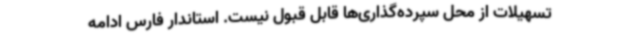
تسهیلات از محل سپرده‌گذاری‌ها قابل قبول نیست. استاندار فارس ادامه